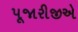
પૂજારીજીએ